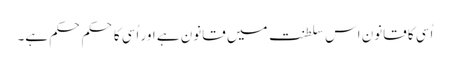
اُسی کا قانون اس سلطنت میں قانون ہے اور اُسی کا حکم حکم ہے۔